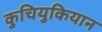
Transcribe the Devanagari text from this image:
कुचियुकियान